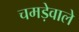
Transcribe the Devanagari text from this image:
चमड़ेवाले